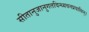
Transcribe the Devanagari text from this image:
सीतानुजानुगतविन्ध्यवनप्रवासिन्।